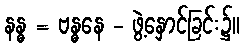
နန္ဓ = ဗန္ဓနေ - ဖွဲ့နှောင်ခြင်း၌။